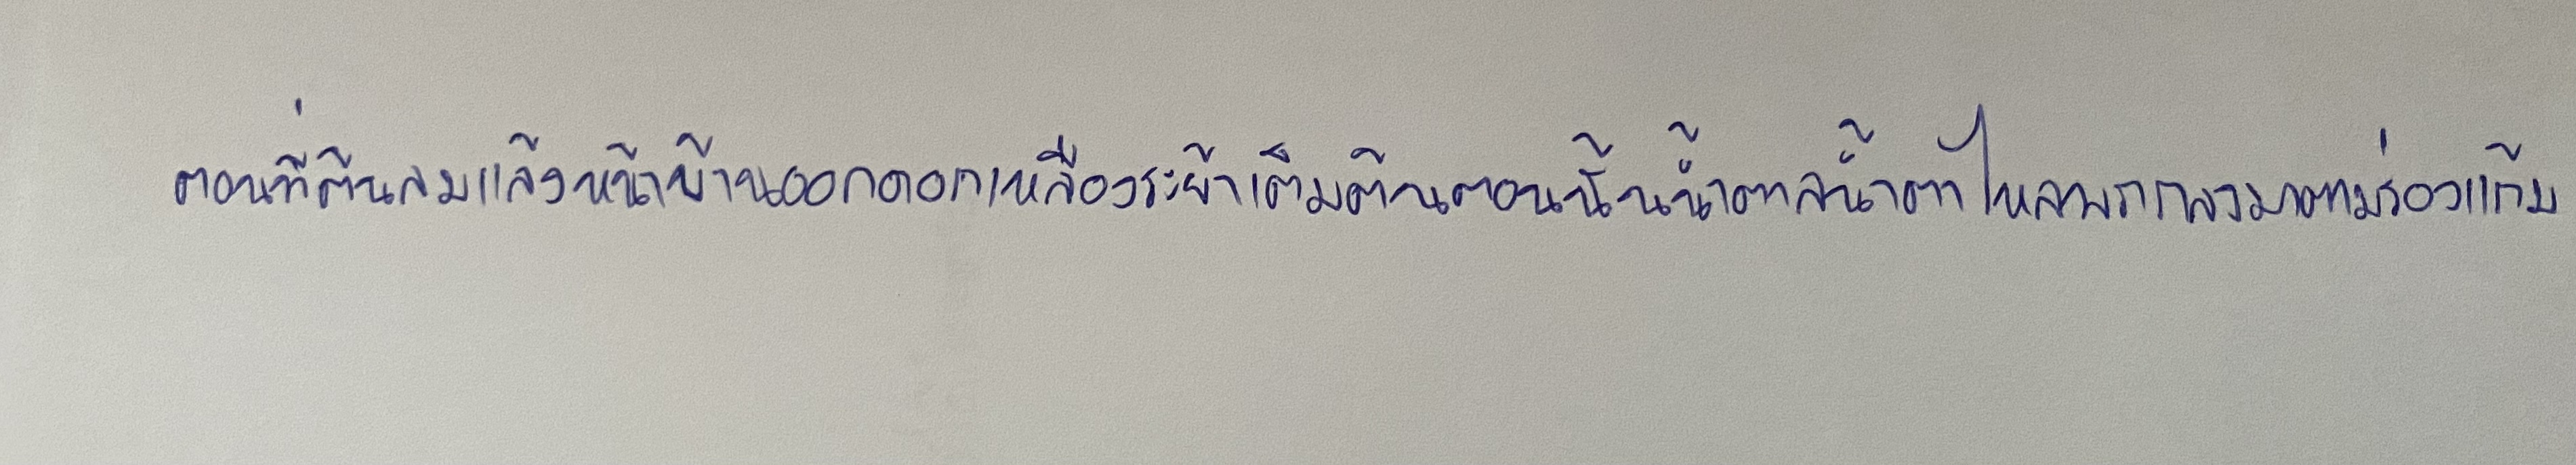
ตอนที่ต้นลมแล้งหน้าบ้านออกดอกเหลืองระย้าเต็มต้นตอนนั้นน้ำตาลน้ำตาไหลพรากลงมาตามร่องแก้ม